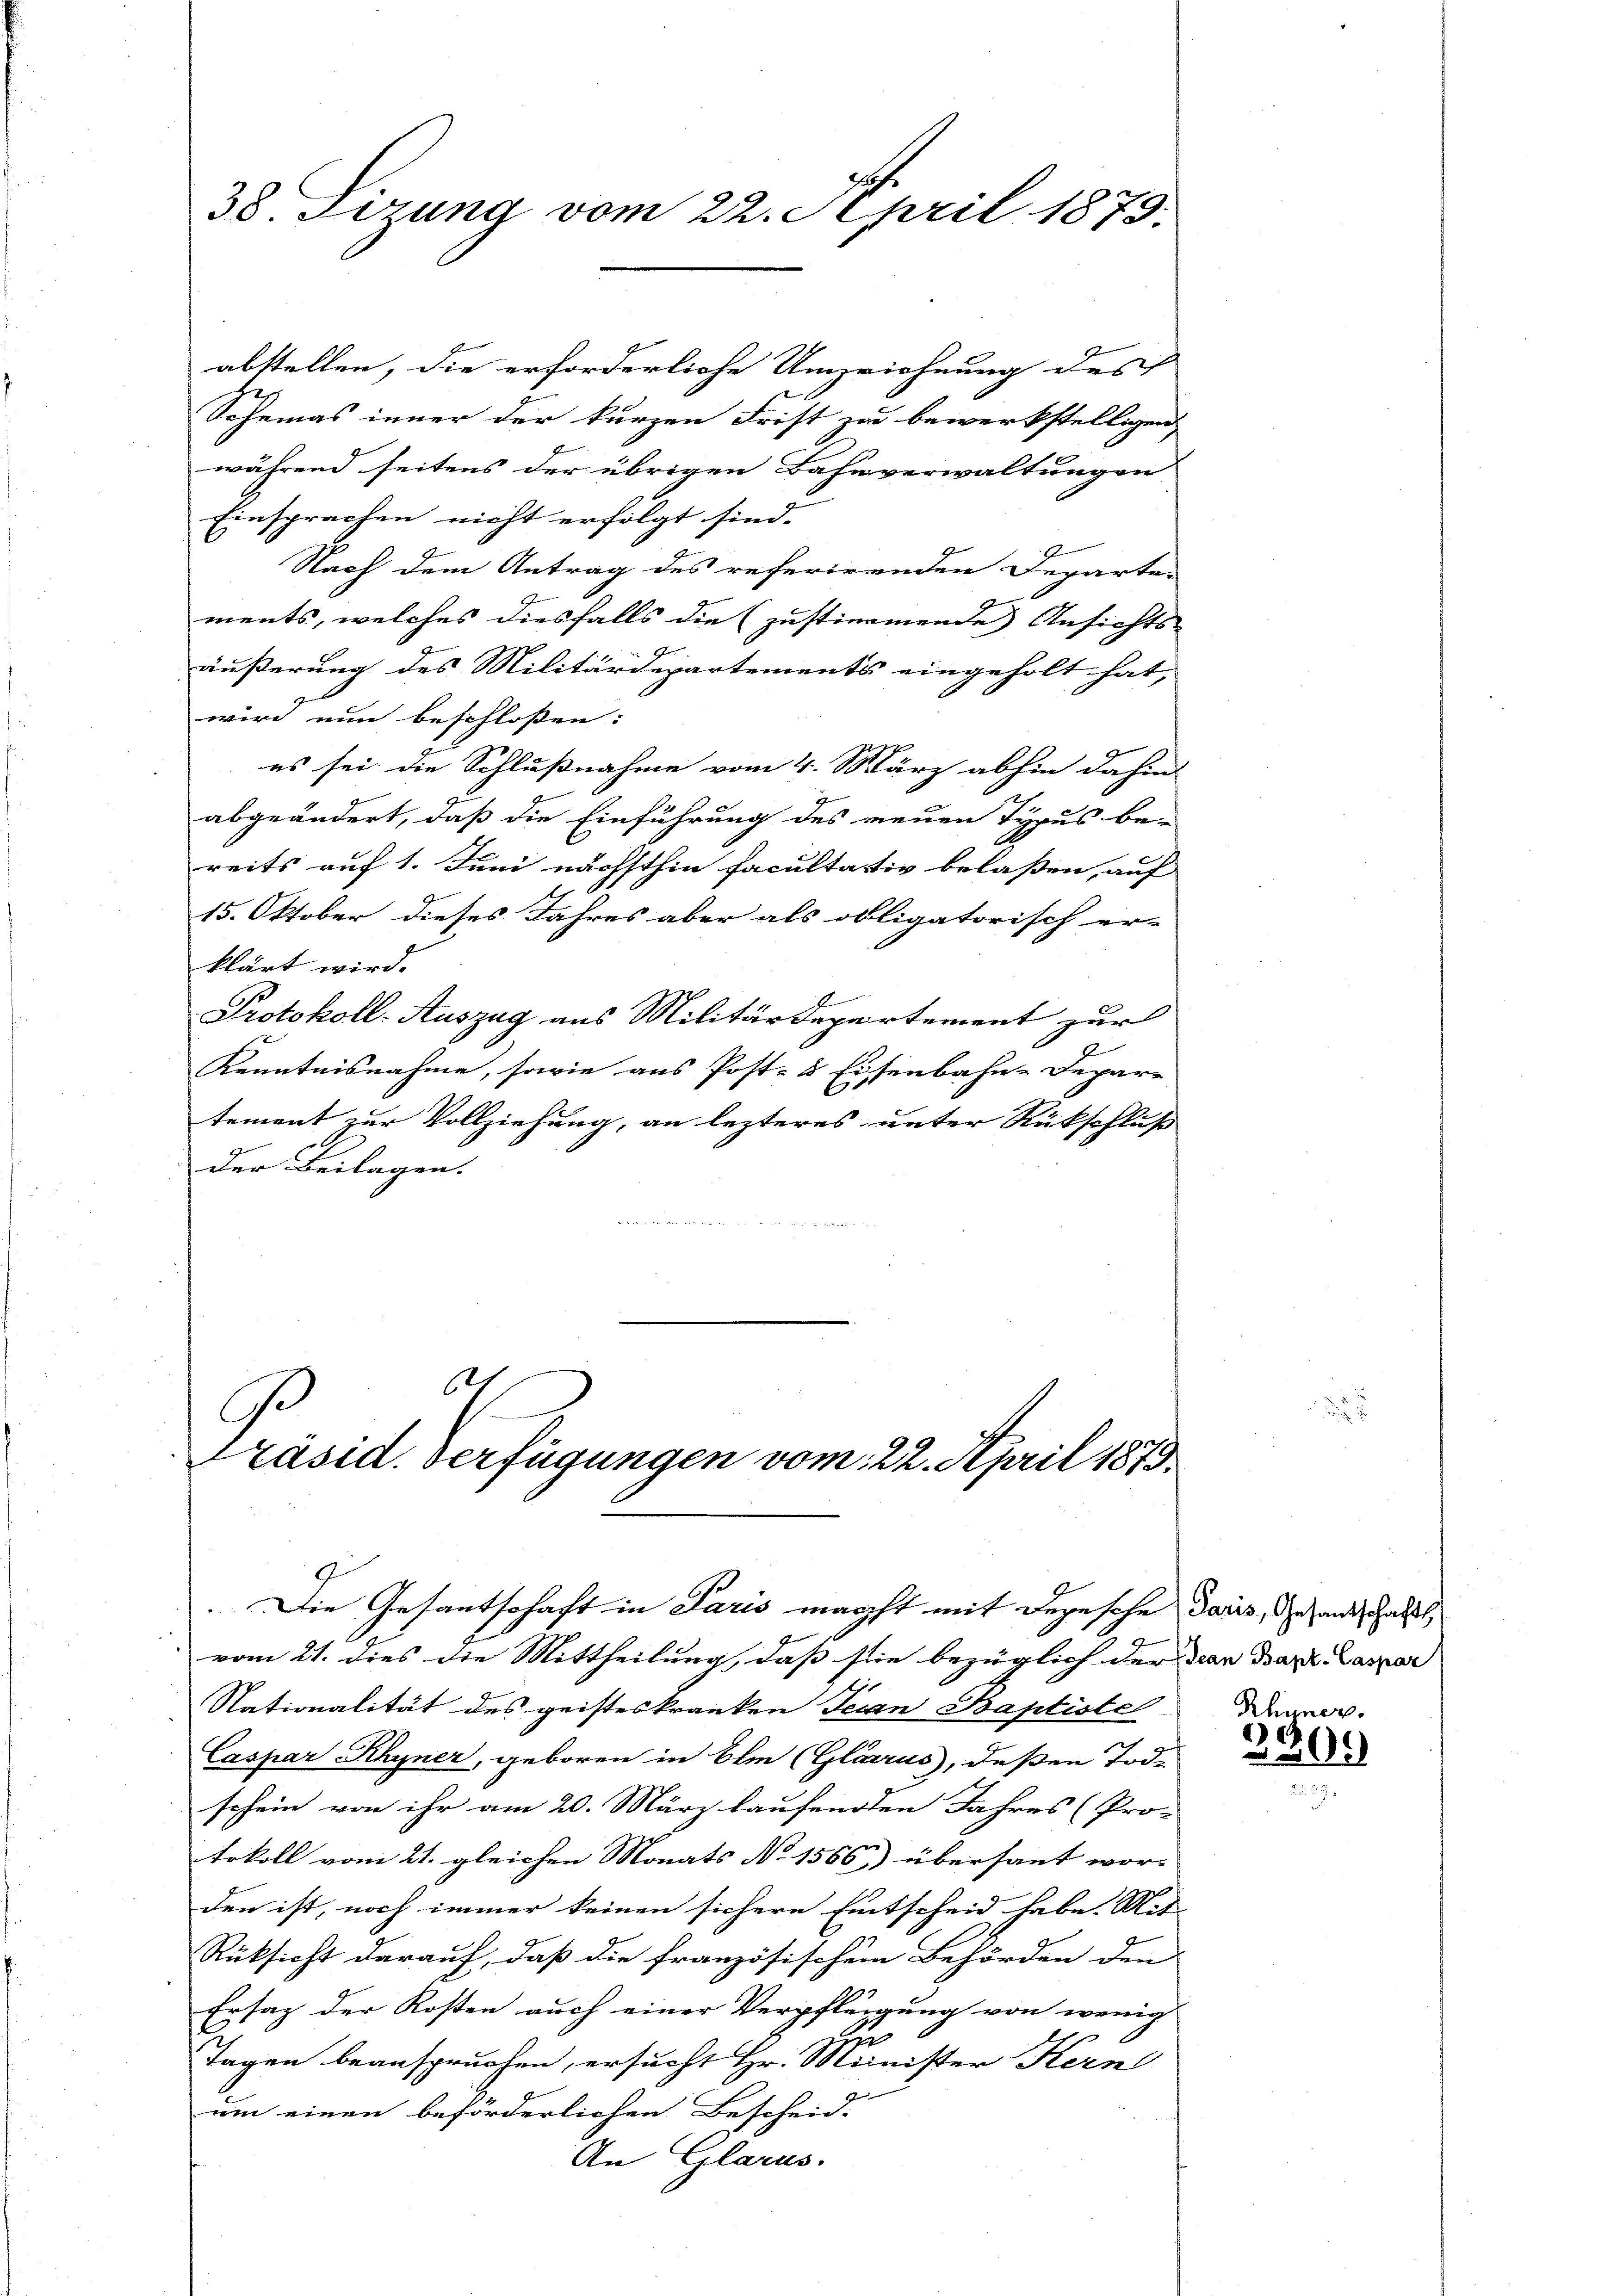
38. Sizung vom 22. April 1879.

abstellen, die erforderliche Umzeichnung des
Sohamas inner der kurzen Frist zu bewerkstelligen
während seitens der übrigen Bahnverwaltungen
Einsprachen nicht erfolgt sind.
Nach dem Antrag des referirenden Departen
ments, welches diesfalls die (justimmende Ansichts-
äußerung des Militärdepartements eingeholt hat,
wird nun beschloßen:
es sei die Schlußnahme vom 4. März abhin dahin
abgeändert, daß die Einführung des neuen Typus be-
reits auf 1. Juni nächsthin facultättig belassen, auf |
15. Oktober dieses Jahres aber als obligatorisch er-
klärt wird.
Protokoll-Auszug aus Militärdepartement zur
Kenntnisnahme, sowie aus Post- & Eisenbahn-Depar-
tement zur Vollziehung, an lezteres unter Rückschluß
der Beilagen.

h
C
Präsid. Verfügungen vom 22. April 1873.

vom 21. dies die Mittheilung, daß sie bezüglich der den Bartl. Caspar
Nationalität des geisteskranken Tecan Baptiste
Caspar Rhyner, geboren in Ihm (Glarus, deßen Tode
schein von ihr am 20. März laufenden Jahres (Pro-
tokoll vom 21. gleichen Monats No 1566) übersant wor
den ist, noch immer keinen sichere Entscheid habe. Mit
Rüksicht darauf, daß die französischem Behörden den
Ersatz der Kosten auch einer Verpflegung von wenig
zu
Tagen beanspruchen, ersucht Hr. Minister Kern
um einen beförderlichen Bescheid.
An Glarus.

.Die Gesantschaft in Paris nächst mit Depesche daris, Gesandschaft,

Rhyner.
.
209